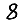
Digit: 8